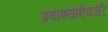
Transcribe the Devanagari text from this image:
प्रवाश्यांऐवजी